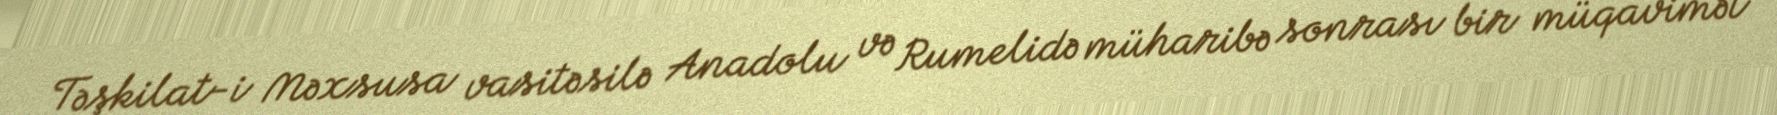
Təşkilat-i Məxsusa vasitəsilə Anadolu və Rumelidə müharibə sonrası bir müqavimət